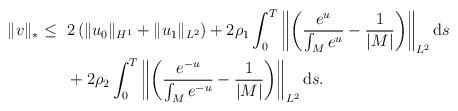
LaTeX: \begin{align*}\begin{aligned}\|v\|_*\leq~&2\left(\|u_0\|_{H^1}+\|u_1\|_{L^2}\right)+2\rho_1\int_0^T\left\|\left(\frac{e^u}{\int_{M}e^u}-\frac{1}{|M|}\right)\right\|_{L^2}\mathrm{d}s\\&+2\rho_2\int_0^T\left\|\left(\frac{e^{-u}}{\int_{M}e^{-u}}-\frac{1}{|M|}\right)\right\|_{L^2}\mathrm{d}s.\end{aligned}\end{align*}